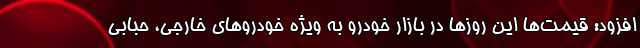
افزود: قیمت‌ها این روزها در بازار خودرو به ویژه خودروهای خارجی، حبابی